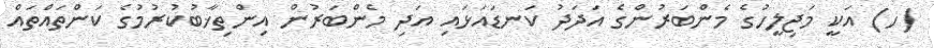
(ހ) އަކީ މަޖިލީހުގެ މެންބަރުންގެ އަދަދު ކަނޑައަޅައި އަދި މެންބަރުން އިންތިޚާބުކުރުމުގެ ކަންތައްތައް